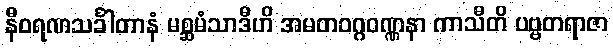
နီဝရဏသင်္ခါတာနံ မစ္ဆမံသာဒီဟိ အမတဝဂ္ဂဝဏ္ဏနာ ကာသီတိ ပဗ္ဗတရာဇာ